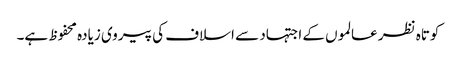
کوتاہ نظر عالموں کے اجتہاد سے اسلاف کی پیروی زیادہ محفوظ ہے۔